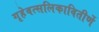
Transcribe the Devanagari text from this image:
गृहेवत्सलिकावितीर्णे